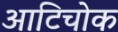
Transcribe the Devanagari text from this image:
आटिचोक